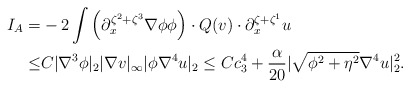
\begin{align*}I_A=&-2\int \Big(\partial^{\zeta^2+\zeta^3}_x \nabla \phi \phi\Big) \cdot Q(v) \cdot \partial^{\zeta+\zeta^1}_xu\\\leq &C|\nabla^3 \phi|_2|\nabla v|_\infty|\phi\nabla^4 u|_2\leq Cc^4_3+\frac{\alpha}{20}|\sqrt{\phi^2+\eta^2}\nabla^4 u|^2_2.\end{align*}